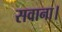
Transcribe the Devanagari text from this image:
सवाना।